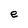
Character: e